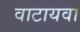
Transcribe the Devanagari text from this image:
वाटायवा